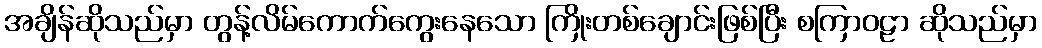
အချိန်ဆိုသည်မှာ တွန့်လိမ်ကောက်ကွေးနေသော ကြိုးတစ်ချောင်းဖြစ်ပြီး စကြာဝဠာ ဆိုသည်မှာ